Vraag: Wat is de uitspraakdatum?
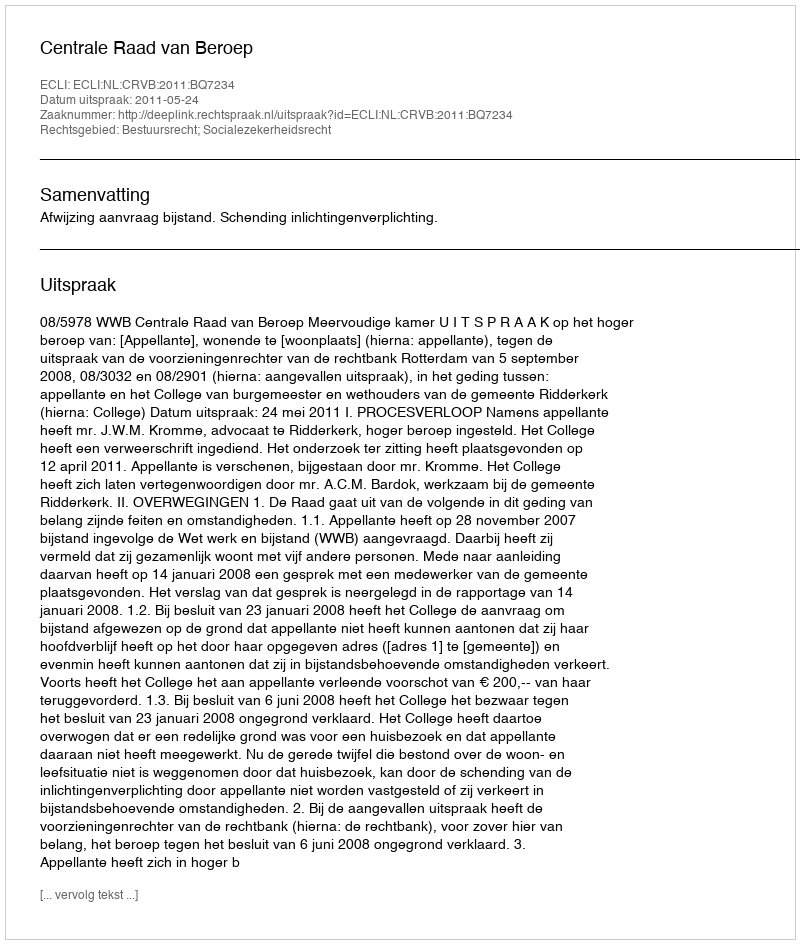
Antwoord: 2011-05-24